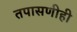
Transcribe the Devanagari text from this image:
तपासणीही